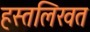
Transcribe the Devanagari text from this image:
हस्तलिखत